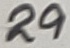
Text: 29